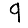
Digit: 9